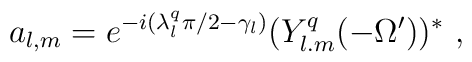
a_{l,m}=e^{-i(\lambda_l^q\pi/2-\gamma_l)}(Y^q_{l.m}(-\Omega'))^* \ ,